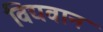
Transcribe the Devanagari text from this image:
विद्यवान